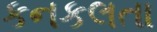
કનકલતા